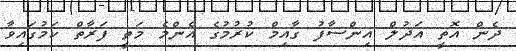
ދެން އޮތީ އަދުލް އިންސާފު ގާއިމް ކުރުމުގެ އެންމެ މަތީ ފަރާތް ކަމުގައިވާ